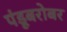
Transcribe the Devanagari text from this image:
पंडूबरोबर